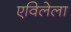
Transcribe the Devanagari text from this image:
एविलेला